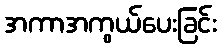
အကာအကွယ်ပေးခြင်း